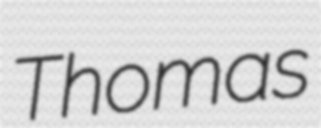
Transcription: Thomas